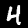
Digit: 4